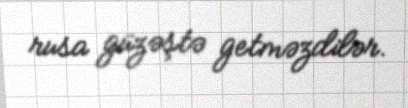
rusa güzəştə getməzdilər.